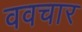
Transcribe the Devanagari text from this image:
ववचार